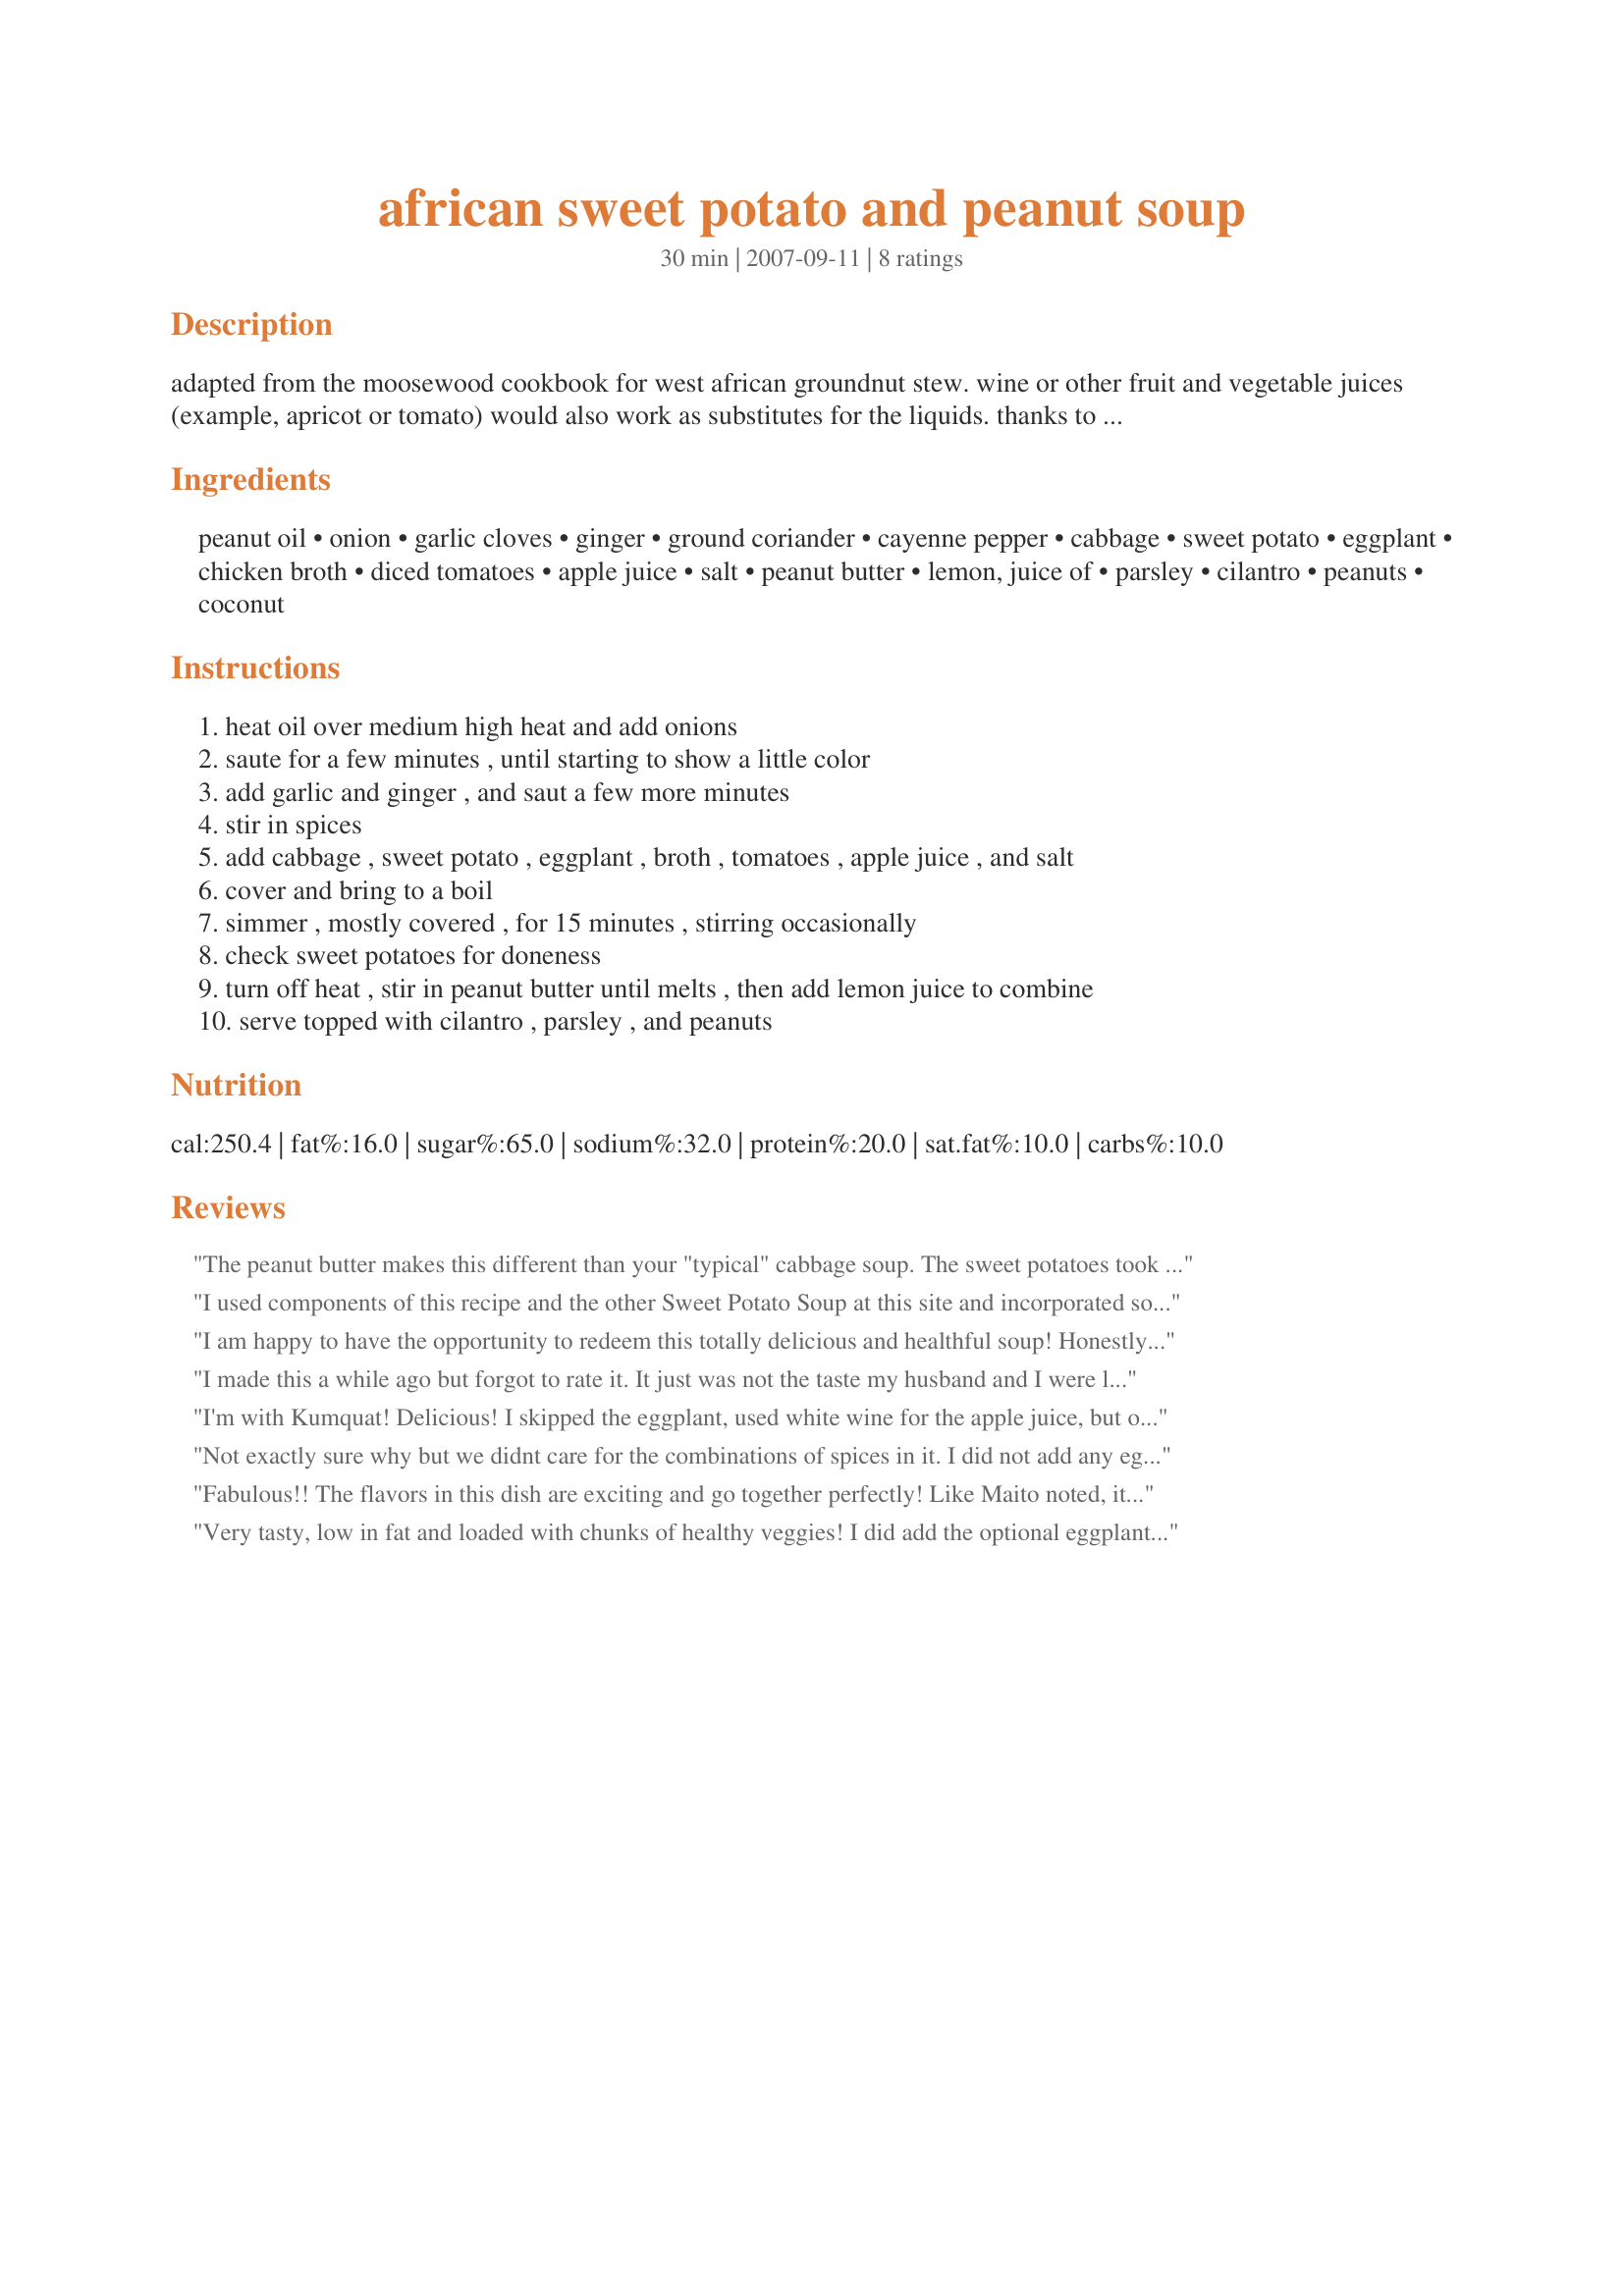
african sweet potato and peanut soup
Preparation time: 30 minutes

adapted from the moosewood cookbook for west african groundnut stew. wine or other fruit and vegetable juices (example, apricot or tomato) would also work as substitutes for the liquids. thanks to brooke the cook in wi for putting this recipe in her best of 2008 cookbook!

Ingredients:
peanut oil, onion, garlic cloves, ginger, ground coriander, cayenne pepper, cabbage, sweet potato, eggplant, chicken broth, diced tomatoes, apple juice, salt, peanut butter, lemon, juice of, parsley, cilantro, peanuts, coconut

Steps:
heat oil over medium high heat and add onions
saute for a few minutes , until starting to show a little color
add garlic and ginger , and saut a few more minutes
stir in spices
add cabbage , sweet potato , eggplant , broth , tomatoes , apple juice , and salt
cover and bring to a boil
simmer , mostly covered , for 15 minutes , stirring occasionally
check sweet potatoes for doneness
turn off heat , stir in peanut butter until melts , then add lemon juice to combine
serve topped with cilantro , parsley , and peanuts

Reviews:
The peanut butter makes this different than your "typical" cabbage soup. The sweet potatoes took about double the time to get cooked through but this was still quick to make and healthy too!
I used components of this recipe and the other Sweet Potato Soup at this site and incorporated some of the reviewer's comments, too. Added some cumin, garam masala, peas, pea pods, garbanzo beanschopped red bell pepper, lime juice, and baby spinach in place of cabbage and eggplant. I used an immersion blender just to thicken but not make it a smooth soup (Did this before I added green vegetables)It is delicious. I used vegetable broth so I could feed it to a vegetarian friend. I also used more peanut butter than this recipe called for.
I am happy to have the opportunity to redeem this totally delicious and healthful soup! Honestly I can't find anything not to like about it. I did add one small eggplant (though I can understand why others might not like it) and substituted wine for the apple juice. I used vegetable broth of course, and only had about 1/4 teaspoon of ground coriander to add (maybe there was too much coriander for the other two reviewers). I used a chunky peanut butter which provided additional crunch. I did not add any coconut because I don't particularly care for it. My BF also shared my enthusiasm for this soup, and it passed my "breakfast" test (finished it this morning). More than suitable to make again! Hey, thanks Maito!
I made this a while ago but forgot to rate it. It just was not the taste my husband and I were looking for. I'm sure that there are others that would like it. Perhaps if I added somemore heat I would enjoy it more. I just remembered this because you rated one of mine, and realized I had never not reviewed yours. In no way am I saying it was not a good recipe;just not for us. I wonder if pumpkin could be substitued for the sweet potato, and double the cayenne

Leanne
I'm with Kumquat! Delicious! I skipped the eggplant, used white wine for the apple juice, but otherwise followed instructions. The result was a rich, thick but not at all heavy soup. Quite luscious. I'll make this more...
Not exactly sure why but we didnt care for the combinations of spices in it. I did not add any eggplant. I tried it both with the coconut and without and liked the coconut added.
Fabulous!! The flavors in this dish are exciting and go together perfectly! Like Maito noted, it's also very versatile; I used sherry cooking wine in place of the apple juice, added half an eggplant, a medium sized sweet potato, a full onion, 2T of natural peanut butter and did not use the cabbage (all out). I don't keep ground coriander on hand, so I used 1t curry powder in its place, plus 1/4-1/2t of cayenne - boy howdy this was hot hot hot! I topped mine with fresh cilantro and unsweetened shredded coconut and DH used cilantro and roasted peanuts. DH enjoyed it so much that he ate it for supper and a late night snack last night! I most certainly plan to make this again, its wonderful! Made for Please Review game and ZWT4.
Very tasty, low in fat and loaded with chunks of healthy veggies! I did add the optional eggplant and thought it was a great addition. It's got just the right amount of spice. The peanut flavor isn't overpowering; it's perfectly subtle. The fresh chopped cilantro/parsley garnish is a must! I also used the peanuts to garnish. I would have also used the coconut garnish, but had none. Still awesome! I'll make this again. Thanx! I uploaded a video for the ZWT Zingo Video challenge: http://www.recipezaar.com/sitenews/post.php?pid=944&pn=1&pageref=Photo_Video-925899&vw_arrange_order=DESC&vw_sort_order=MOST_RECENT
